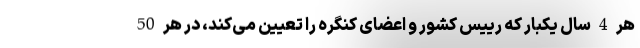
هر 4 سال یکبار که رییس کشور و اعضای کنگره را تعیین می‌کند، در هر 50